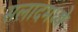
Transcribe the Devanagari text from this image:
सलादमध्ये